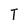
Character: T